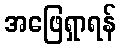
အဖြေရှာရန်